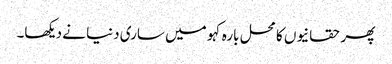
پھر حقانیوں کا محل بارہ کہو میں ساری دنیا نے دیکھا۔